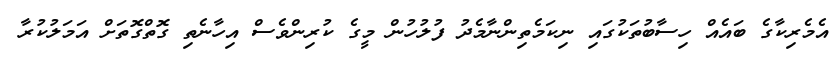
އެމެރިކާގެ ބައެއް ހިސާބުތަކުގައި ނިކަމެތިންނާމެދު ފުލުހުން މީގެ ކުރިންވެސް އިހާނެތި ގޮތްގޮތަށް އަމަލުކުރާ